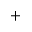
^ +